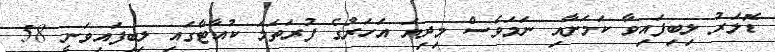
ޑޮލަރު ލިބިފައިވާ ކަމަށާއި ނަމަވެސް މިދިޔަ އަހަރުގެ ފުރަތަމަ ކުއާޓާގައި ލިބިފައިވަނީ 58